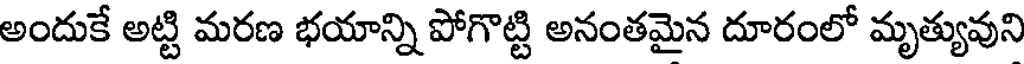
అందుకే అట్టి మరణ భయాన్ని పోగొట్టి అనంతమైన దూరంలో మృత్యువుని